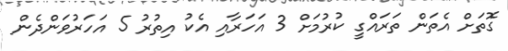
ގޮތަށް އެތަން ތަރައްގީ ކުރުމަށް 3 އަހަރާއި އެކު އިތުރު 5 އަހަރުވަންދެން